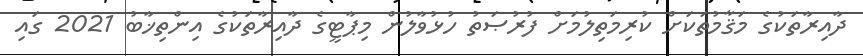
ދާއިރާތަކުގެ މަޤާމުތަކަށް ކުރިމަތިލުމަށް ފުރުޞަތު ހުޅުވާލުން މިޕާޓީގެ ދާއިރާތަކުގެ އިންތިޚާބު 2021 ގައި